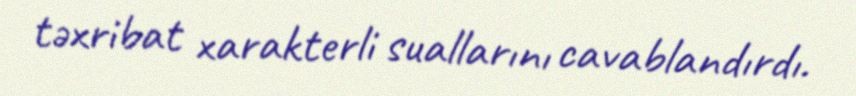
təxribat xarakterli suallarını cavablandırdı.